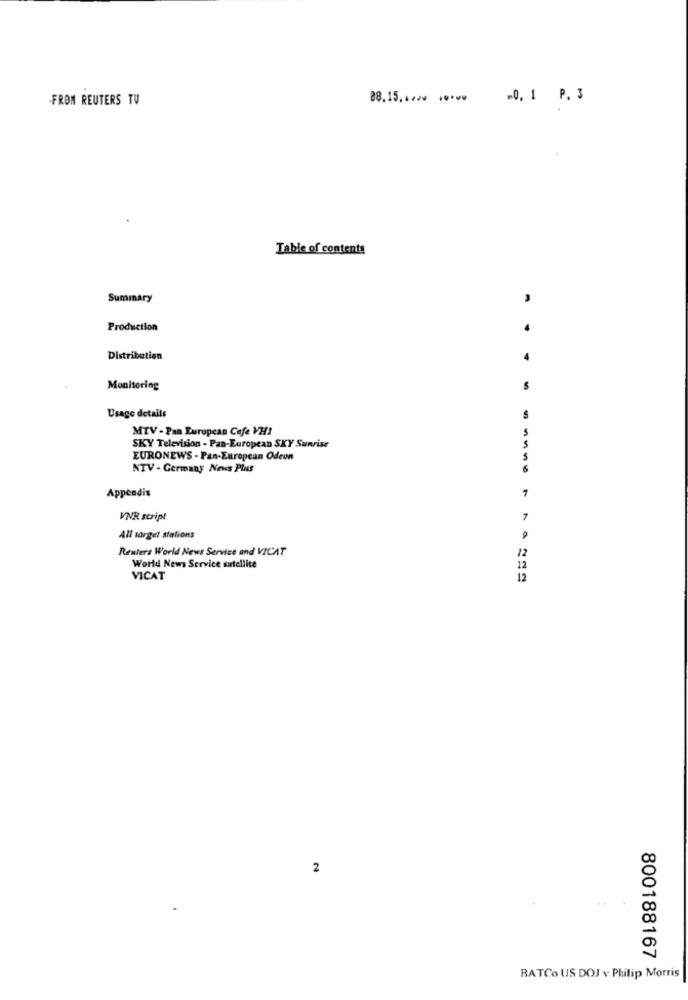
-FROM REUTERS TV
08.15,422 ...
0, 1 P. 3
Table of contents
Summary
-
Production
Distribution
Monitoring
Usage details
MTV - Pan European Cafe VHI
SKY Television - Pan-European SKY Sunrise
EURONEWS - Pan-European Odeon
NTV - Germany News Plus
Appendix
VNR script
7
All target stations
Reuters World News Service and VICAT
World News Service satellite
12
VICAT
12
2
800188167
BATCo US DOJ v Philip Morris